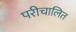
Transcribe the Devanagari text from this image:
परीचालित